Memorandum on the prevention of leprosy by segregation of the affected
Disease focus: Leprosy
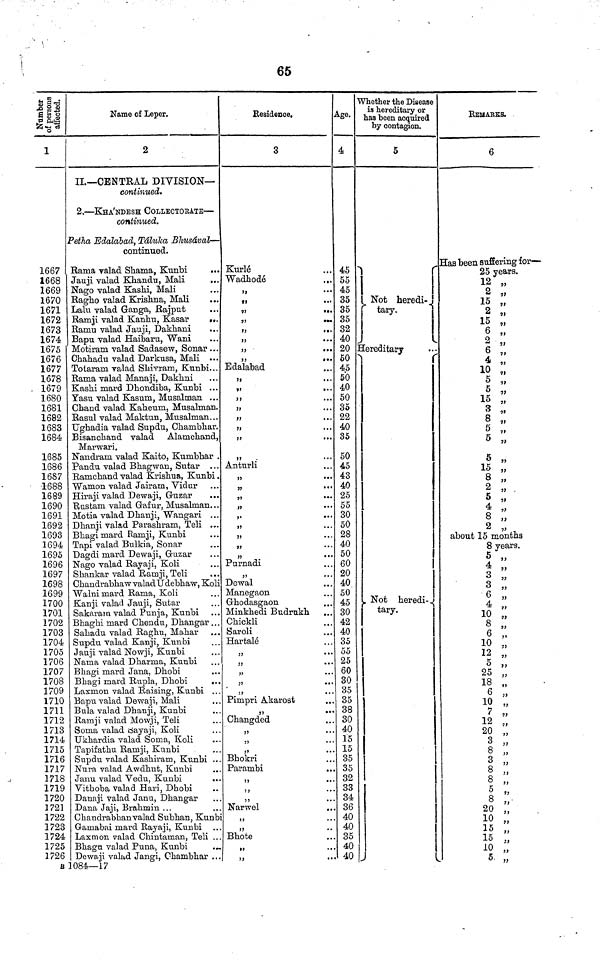
65
Number of persons affected.
1
1667
1668
1669
1670
1671
1672
1673
1674
1675
1676
1677
1678
1679
1680
1681
1682
1683
1684
1685
1686
1687
-1-688
1689
1690
1691
1692
1693
1694
1695
1696
1697
1698
1699
1700
1701
1702
1703
1704
1705
1706
1707
1708
1709
1710
1711
1712
1713
1714
1715
1716
1717
1718
1719
1720
1721
1722
1723
1724
1725
1726
2
II.— CENTRAL DIVISION—
continued.
2. — KHA'NDESH COLLECTORATE —
continued.
Petha Edalabad, Taluka Bhusaval —
continued.
Rama valad Shama, Kunbi
...
Jauji valad Khandu, Mali
...
Nago valad Kashi, Mali
Ragho valad Krishna, Mali
Lalu valad Ganga, Rajput
Ramji valad Kanhu, Kasar
Ramu valad Jauji, Dakhani
Bapu valad Haibaru, Wani
Motiram valad Sadasew, Sonar ...
Chahadu valad Darkusa, Mali ...
Totarara valad Shivram, Kunbi
Rama valad Manaji, Dakhni
Kashi mard Dhondiba, Kunbi ...
Yasu valad Kasum, Musalman
Chand valad Kaheum, Musalman.
Rasul valad Maktun, Musalman...
Ughadia valad Supdu, Chambhar.
Bisancband valad Alamchand,
Marwari.
Nandram valad Kaito, Kumbhar .
Pandu valad Bhagwan, Sutar
Ramchand valad Krishua, Kunbi .
Wamon valad Jairam, Vidur
Hiraji valad Dewaji, Guzar
...
Rustam valad Gafur, Musalman...
Motia valad Dhanji, Wangari ...
Dbanji valad Parashram, Teli ...
Bhagi mard Ramji, Kunbi
Tapi valad Bulkia, Sonar
Dagdi mard Dewaji, Guzar
Nago valad Rayaji, Koli
Sbankar valad Ramji, Teli
Chaudrabhaw valad Udebhaw, Koli
Walni mard Rama, Koli
Kanji valad Jauji, Sutar
Sakaram valad Punja, Kunbi
Bhaghi mard Chendu, Dhangar . . .
Sahadu valad Raghu, Mahar
Supdu valad Kanji, Kunbi
Jauji valad No wji, Kunbi
Nama valad Dharma, Kunbi
Bhagi mard Jana, Dhobi
Bhagi mard Rupla, Dhobi
...
Laxmon valad Raising, Kunbi . . .
Bapu valad Dewaji, Mali
Bula valad Dbanji, Kunbi
Ramji valad Mowji, Teli
Soma valad sayaji, Koli
Ukhardia valad Soma, Koli
Tapifathu Ramji, Kunbi
Supdu valad Kashiram, Kunbi ...
Nura valad Awdbut, Kunbi
Janu valad Vedu, Kunbi
Vithoba valad Hari, Dhobi
Danaji valad Janu, Dhangar
Dana Jaji, Brahmin ...
Chandrabhan valad Subhan, Kunbi
Gamabai mard Rayaji, Kunbi
Laxmon valad Chintaman, Teli ...
Bbagu valad Puna, Kunbi
Dewaji valad Jangi, Chambhar ...
Residence.
3
Kurle
Wadhode
"
"
"
"
«••
...
...
"
Edalabad
"
"
J1
...
"
)1
...
"
.
1)
...
"
Anturli
"
"
11
...
"
"
11
11
"
11
••'
Purnadi
"
Dewal
Manegaon
Ghodasgaon
Minkhedi Budrukh
Chickli
Saroli
Hartale
...
"
"
"
Pimpri Akarost
"
Changded
"
"
"
Bhokri
Parambi
"
"
"
Narwel
"
"
Bhote
"
"
Age.
4
45
55
45
35
35
35
32
40
20
50
45
50
40
50
35
22
40
35
50
45
43
40
25
55
30
50
28
40
50
60
20
40
50
45
30
42
40
35
55
25
60
30
35
35
38
30
40
15
15
35
35
32
33
34
36
40
40
35
40
40
Whether the Disease
is hereditary or
has been acquired
by contagion.
5
Not heredi-
tary.
Hereditary
Not
heredi-
tary.
REMARKS.
6
Has been suffering for—
25 years.
12 „
2 „
15 „
2 „
15 „
6 „
2 „
6 ,,
4 "
10 „
5
5 „
15 „
3 "
8 „
5
5 "
5
15 „
8 „
2
5 „
4
8
2 „
about 15 months
8 years.
4 ,,
3 „
3 „
6 "
4 „
10 „
8 „
6
10 „
12
5 ,,
25 „
18 „
6 „
10 „
7 „
12 „
20 „
3
8
3 „
8 „
5
8 "
20
10 „
15
15
10 „
5 "
a 1084—17